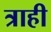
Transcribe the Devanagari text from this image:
त्राही